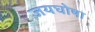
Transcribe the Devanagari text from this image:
जयघोषा